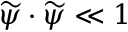
\widetilde \psi \cdot \widetilde \psi \ll 1